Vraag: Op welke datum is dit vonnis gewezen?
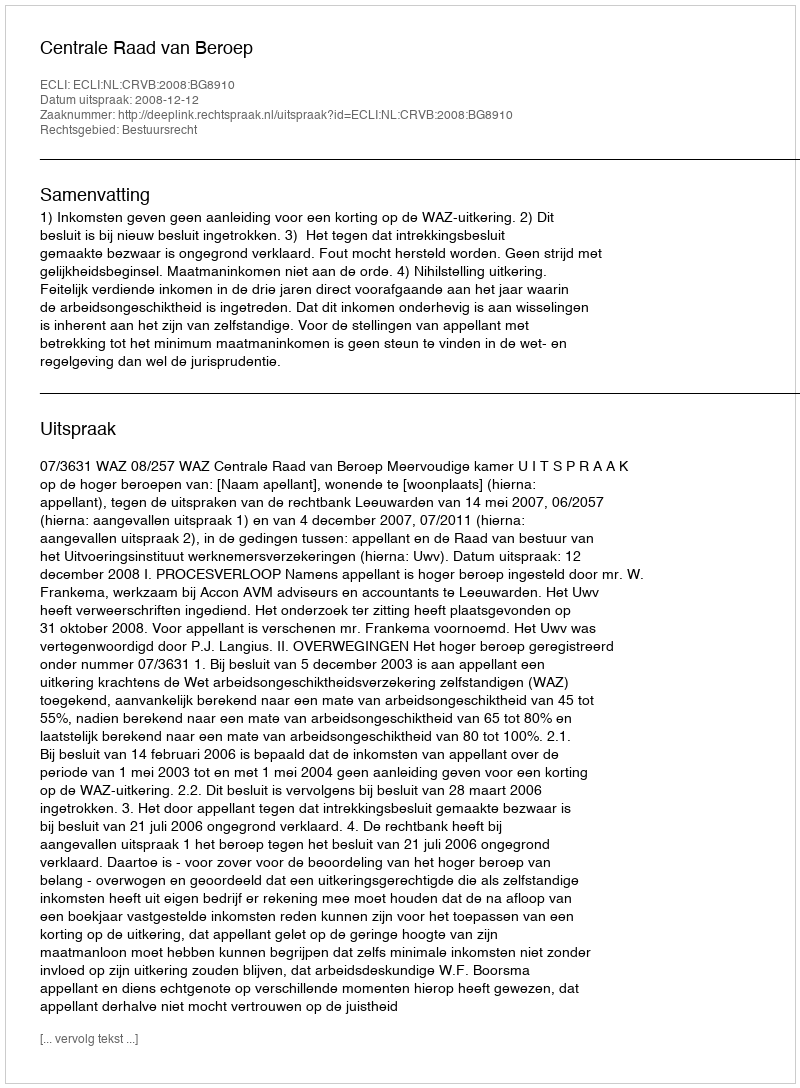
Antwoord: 2008-12-12